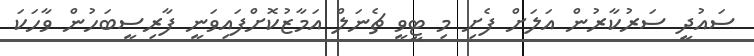
ސައުދީ ސަރުކާރުން އަލަށް ފެށި މި ޓީވީ ޗެނަލް އަމާޒުކޮށްފައިވަނީ ފާރިސީބަހުން ވާހަކަ